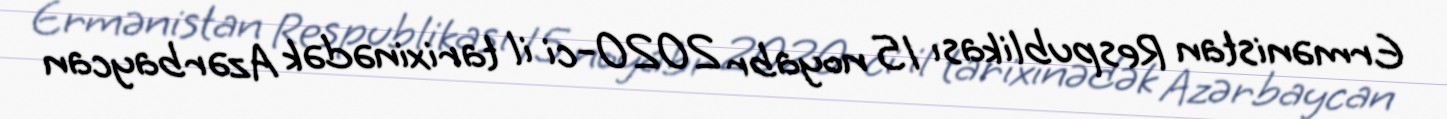
Ermənistan Respublikası 15 noyabr 2020-ci il tarixinədək Azərbaycan